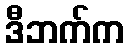
ဒီဘက်က